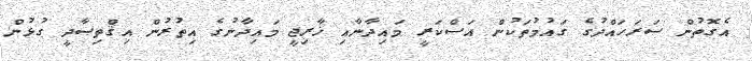
އެގޮތުން ސަރަހައްދުގެ ގައުމުތަކުން އަސްކަރީ މައިދާނާއި ޚާރިޖީ މައިދާނުގެ އިތުރުން އިޤްތިޞާދީ ގުޅުން